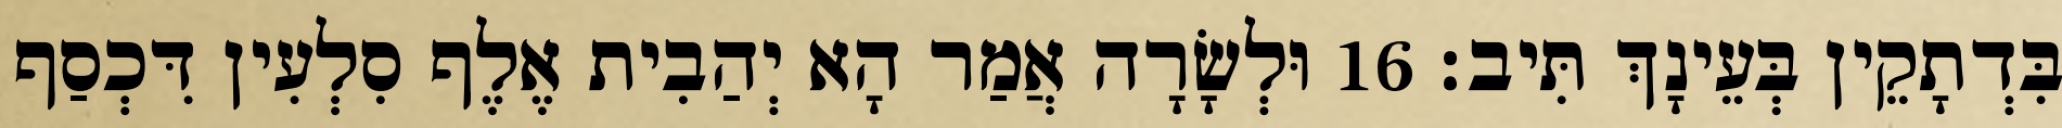
בִּדְתָקֵין בְּעֵינָךְ תִּיב׃ 16 וּלְשָׂרָה אֲמַר הָא יְהַבִית אֶלֶף סִלְעִין דִּכְסַף